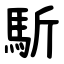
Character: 馸